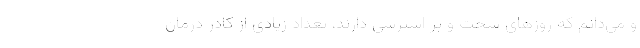
و می‌دانم که روزهای سخت و پر استرسی دارند، تعداد زیادی از کادر درمان